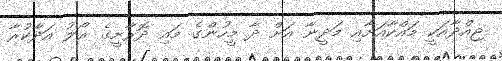
ޖިއްދާއަކީ މައްކާއަށާއި މަދީނާ އަށް ދާ މީހުންގެ މައި ދޮރާށީގެ ރޯލު އަދާކުރާ